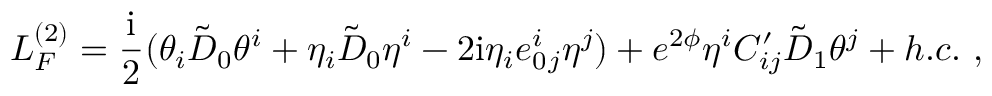
{ \cal L } _ { F } ^ { ( 2 ) } = \frac { \mathrm { i } } { 2 } ( \theta _ { i } \tilde { { \cal D } } _ { 0 } \theta ^ { i } + \eta _ { i } \tilde { { \cal D } } _ { 0 } \eta ^ { i } - 2 \mathrm { i } \eta _ { i } e _ { 0 } ^ { i } { } _ { j } \eta ^ { j } ) + e ^ { 2 \phi } \eta ^ { i } C _ { i j } ^ { \prime } \tilde { { \cal D } } _ { 1 } \theta ^ { j } + h . c . \ ,